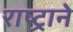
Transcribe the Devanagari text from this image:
राष्ट्रानेे